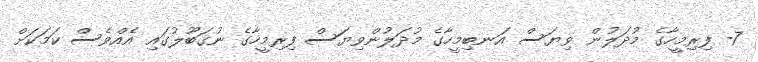
7- ފިރިމީހާގެ މުދަލުން ވިޔަސް އަނބިމީހާގެ މުދަލުންވިޔަސް ފިރިމީހާގެ ނުގަބޫލުގައި އެއްވެސް ކަމަކަށް